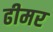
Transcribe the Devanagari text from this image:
ढीमर